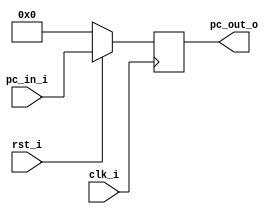
//Subject:     CO project 2 - PC
//--------------------------------------------------------------------------------
//Version:     1
//--------------------------------------------------------------------------------
//Writer:     0511105 
//----------------------------------------------
//----------------------------------------------
//Description: 
//--------------------------------------------------------------------------------

module ProgramCounter(
    	clk_i,
	rst_i,
	pc_in_i,
	pc_out_o
	);
     
//I/O ports
input           clk_i;
input	        rst_i;
input  [32-1:0] pc_in_i;
output [32-1:0] pc_out_o;
 
//Internal Signals
reg    [32-1:0] pc_out_o;
 
//Parameter

    
//Main function
always @(posedge clk_i) begin
    if(~rst_i)
	    pc_out_o <= 0;
	else
	    ///change to pc_in_i +4
	    pc_out_o <= pc_in_i;
	  
end

endmodule